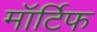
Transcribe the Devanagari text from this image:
मॉर्टिफ